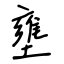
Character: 壅